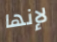
لإنها